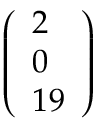
\left( \begin{array} { l } { 2 } \\ { 0 } \\ { 1 9 } \end{array} \right)